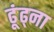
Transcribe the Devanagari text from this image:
ढूंढ्ना